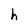
Character: h